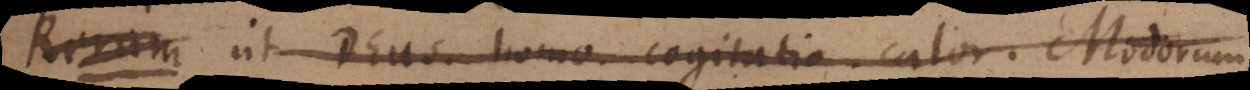
ut Deus, homo, cogitatio, calor. Modorum,